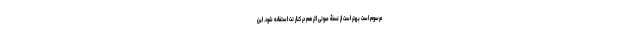
مرسوم است بهتر است از نسخۀ صوتی اثر هم در کنار نت استفاده شود. این